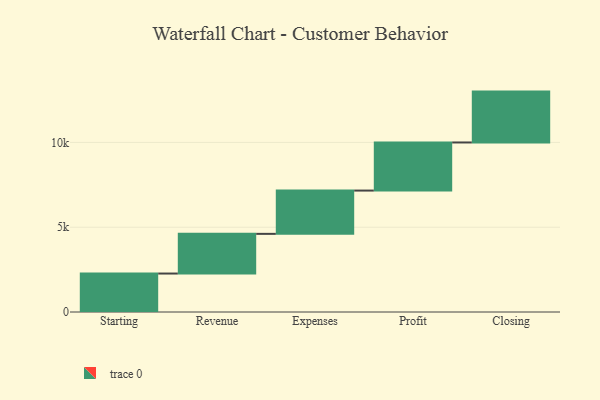
{"axis": {"x": "Step", "y": "Value"}, "legend": [""], "data": [{"x": "Starting", "y": 2268.0, "type": ""}, {"x": "Revenue", "y": 2340.0, "type": ""}, {"x": "Expenses", "y": 2553.0, "type": ""}, {"x": "Profit", "y": 2836.0, "type": ""}, {"x": "Closing", "y": 3000, "type": ""}]}